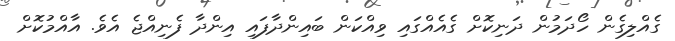
ގެއްލިގެން ހޯދަމުން ދަނިކޮށް ގެއެއްގައި ވިއްކަން ބައިންދާފައި އިންދާ ފެނިއްޖެ އެވެ. އާއްމުކޮށް